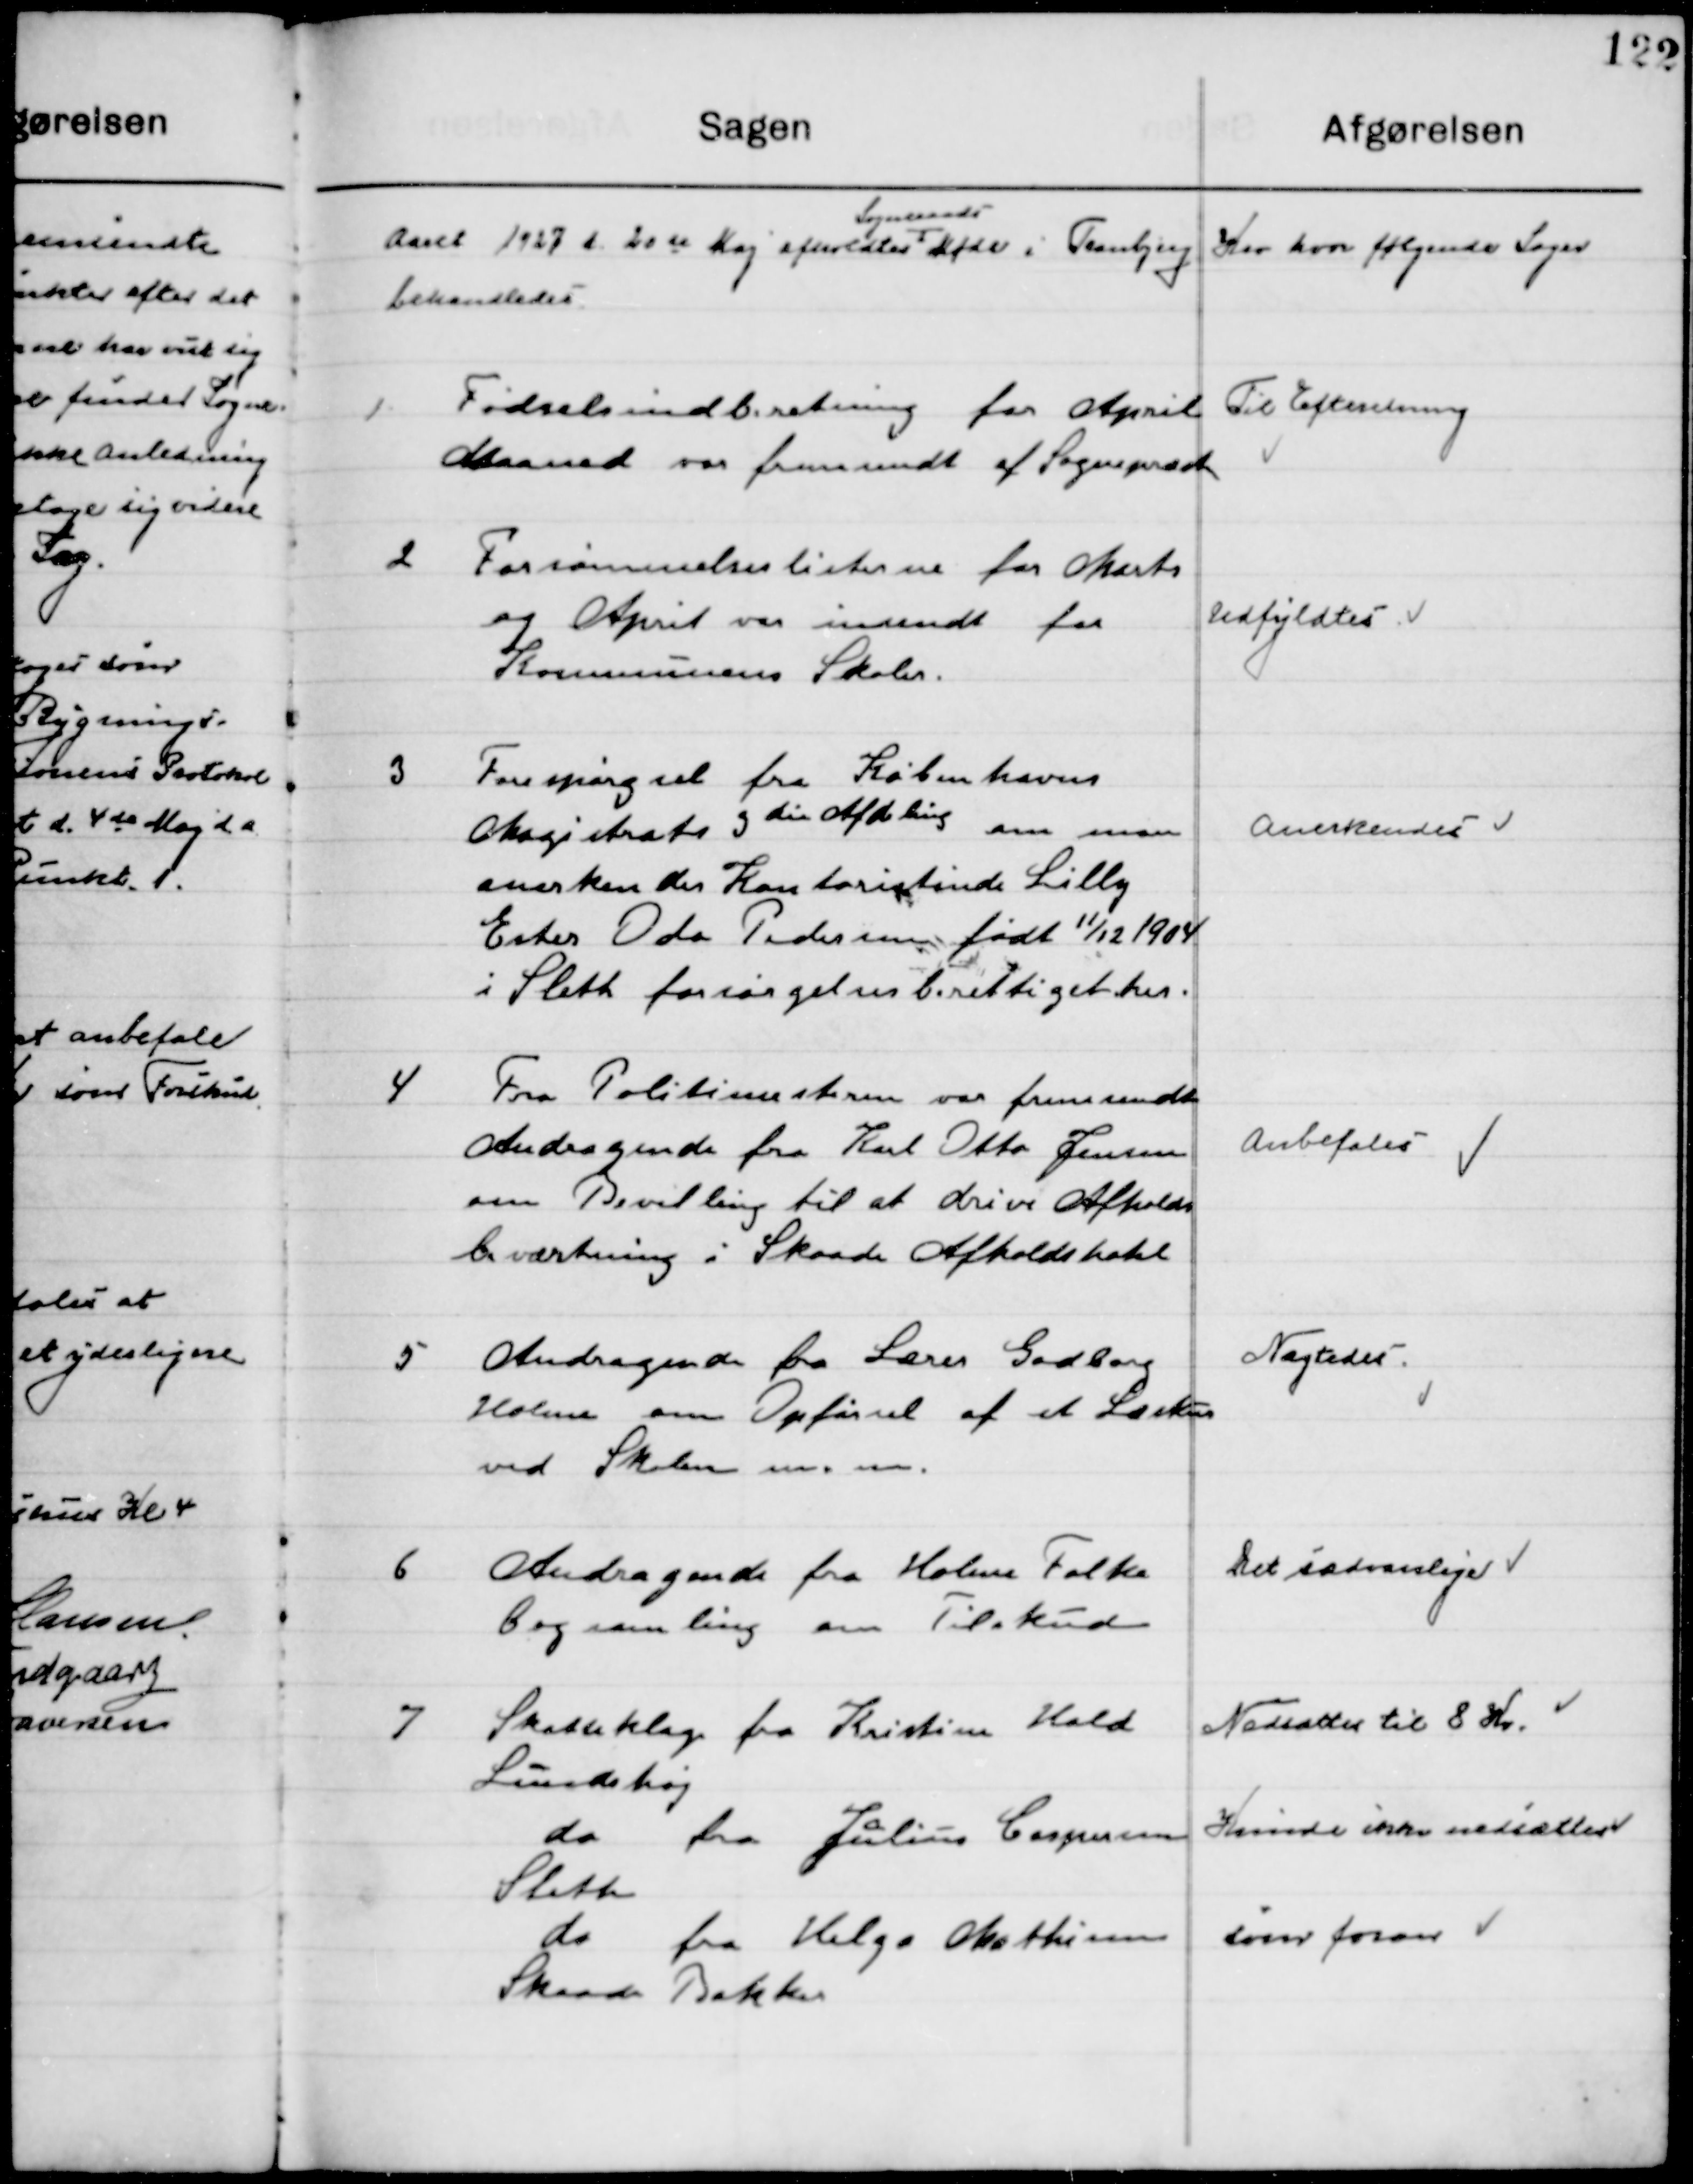
Transskription:
Aaret 1927 d. 20de Maj afholdtes 
Sogneraadsmøde
i Tranbjerg Kro hvor følgende Sager 
behandledes.

1

Fødselsindberetning for April
Maaned var fremsendt af Sognepræsten

Til Efterretning

2

Forsømmelseslisten for Marts
Og April var indsendt for
Kommunens Skoler.

Udfyldtes

3

Forespørgsel fra Københavns
Magistrats 3die Afdeling om man
anerkender Kontorist inde Lilly
Ester Oda Pedersen født 11/12 1904 
i Sleth forsørgelsesberettiget

Anerkendes

4

Fra Politimesteren var fremsendt
Andragende fra Kurt Otto Jensen
om Bevilling til at drive Afholds-
beværtning i Skaade Afholdslokale.

Anbefales

5

Andragende fra Lærer Gadborg 
Holme om Opførsel af et Læskur 
ved Skolen m.m.

Nægtedes

6

Andragende fra Holme Folke-
bogsamling om Tilskud

Det sædvanlige

7

Skatteklage fra Kristian Hald
Lundshøj

Nedsættes til 8 Kr.

do fra Julius Caspersen
Sleth

Kunde ikke nedsættes

do fra Helge Mathisen
Skaade Bakker

som foran